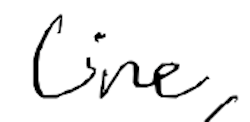
Text: line,
Cross-out: clean
Writing tool: digital_black